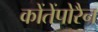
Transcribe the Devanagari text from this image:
कोंतेंपोरैन